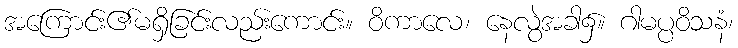
အကြောင်း၏မရှိခြင်းလည်းကောင်း။ ဝိကာလေ၊ နေလွဲအခါ၌။ ဂါမပ္ပဝိသနံ၊